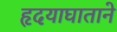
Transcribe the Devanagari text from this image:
हृदयाघाताने